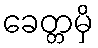
ခေတ္တမှိ